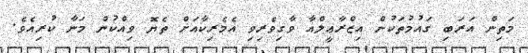
މަތިން އަރަބި ގައުމުތަކުން އިޒްރާޢީލްއާ ވާގިވެރިވި އެމެރިކާއަށް ތެޔޮ ވިއްކުން މަނާ ކުރިއެވެ.